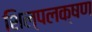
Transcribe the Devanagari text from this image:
शिल्पलक्षण